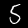
Label: 5